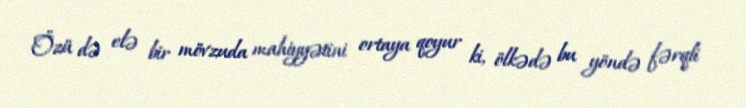
Özü də elə bir mövzuda mahiyyətini ortaya qoyur ki, ölkədə bu yöndə fərqli